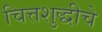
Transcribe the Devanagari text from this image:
चित्तशुद्धीचे